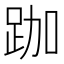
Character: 跏